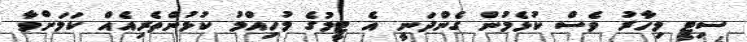
ސިޓީ މިހާރު ވެސް ކުޅެމުން ގެންދަނީ އެ ޓީމުގެ މުހިއްމު ކުޅުންތެރިއެއް ކަމަށްވާ